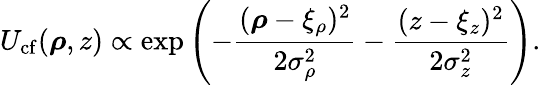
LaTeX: U_{\mathrm{cf}}(\boldsymbol{\rho},z)\propto\exp\left(-\frac{(\boldsymbol{\rho}-\xi_{\rho})^{2}}{2\sigma_{\rho}^{2}}-\frac{(z-\xi_{z})^{2}}{2\sigma_{z}^{2}}\right).